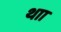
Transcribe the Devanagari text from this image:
थाा